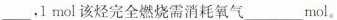
___,1mol该烃完全燃烧需消耗氧气___mol。